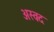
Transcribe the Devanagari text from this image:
अस्वद